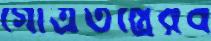
গোত্রতন্ত্রেরব